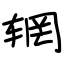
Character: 辋